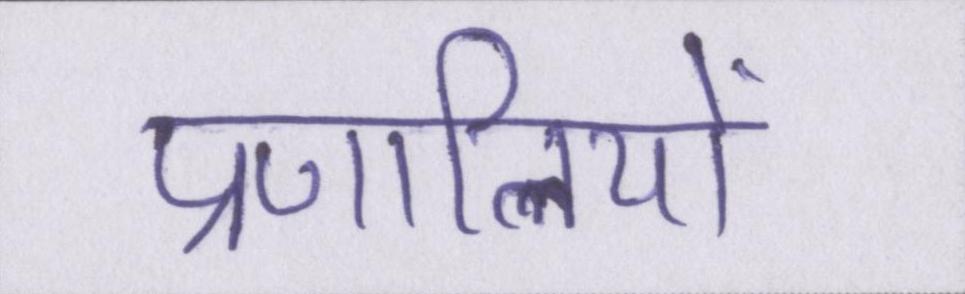
प्रणालियों